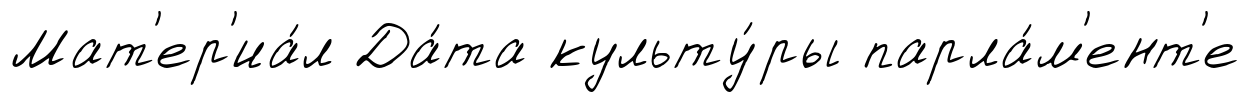
Мат'ер'иа́л Да́та культу́ры парла́м'ент'е